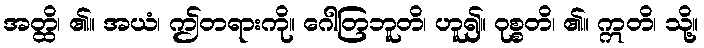
အတ္ထိ၊ ၏။ အယံ၊ ဤတရားကို။ ဂေါတြဘူတိ၊ ဟူ၍။ ဝုစ္စတိ၊ ၏။ ဣတိ၊ သို့။